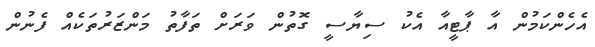
އެހެންކަމުން އާ ޕާޓީއާ އެކު ސިޔާސީ ގޮތުން ވަރަށް ތަފާތު މަންޒަރުތަކެއް ފެނުން